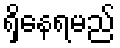
ရှိနေရမည်